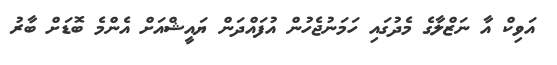
އަވިކް އާ ނަޒްލާގެ މެދުގައި ހަމަނުޖެހުން އުފައްދަން ޔައީޝްއަށް އެންމެ ބޮޑަށް ބާރު